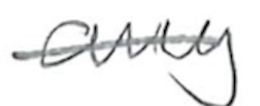
Text: any
Cross-out: single-line
Writing tool: pencil